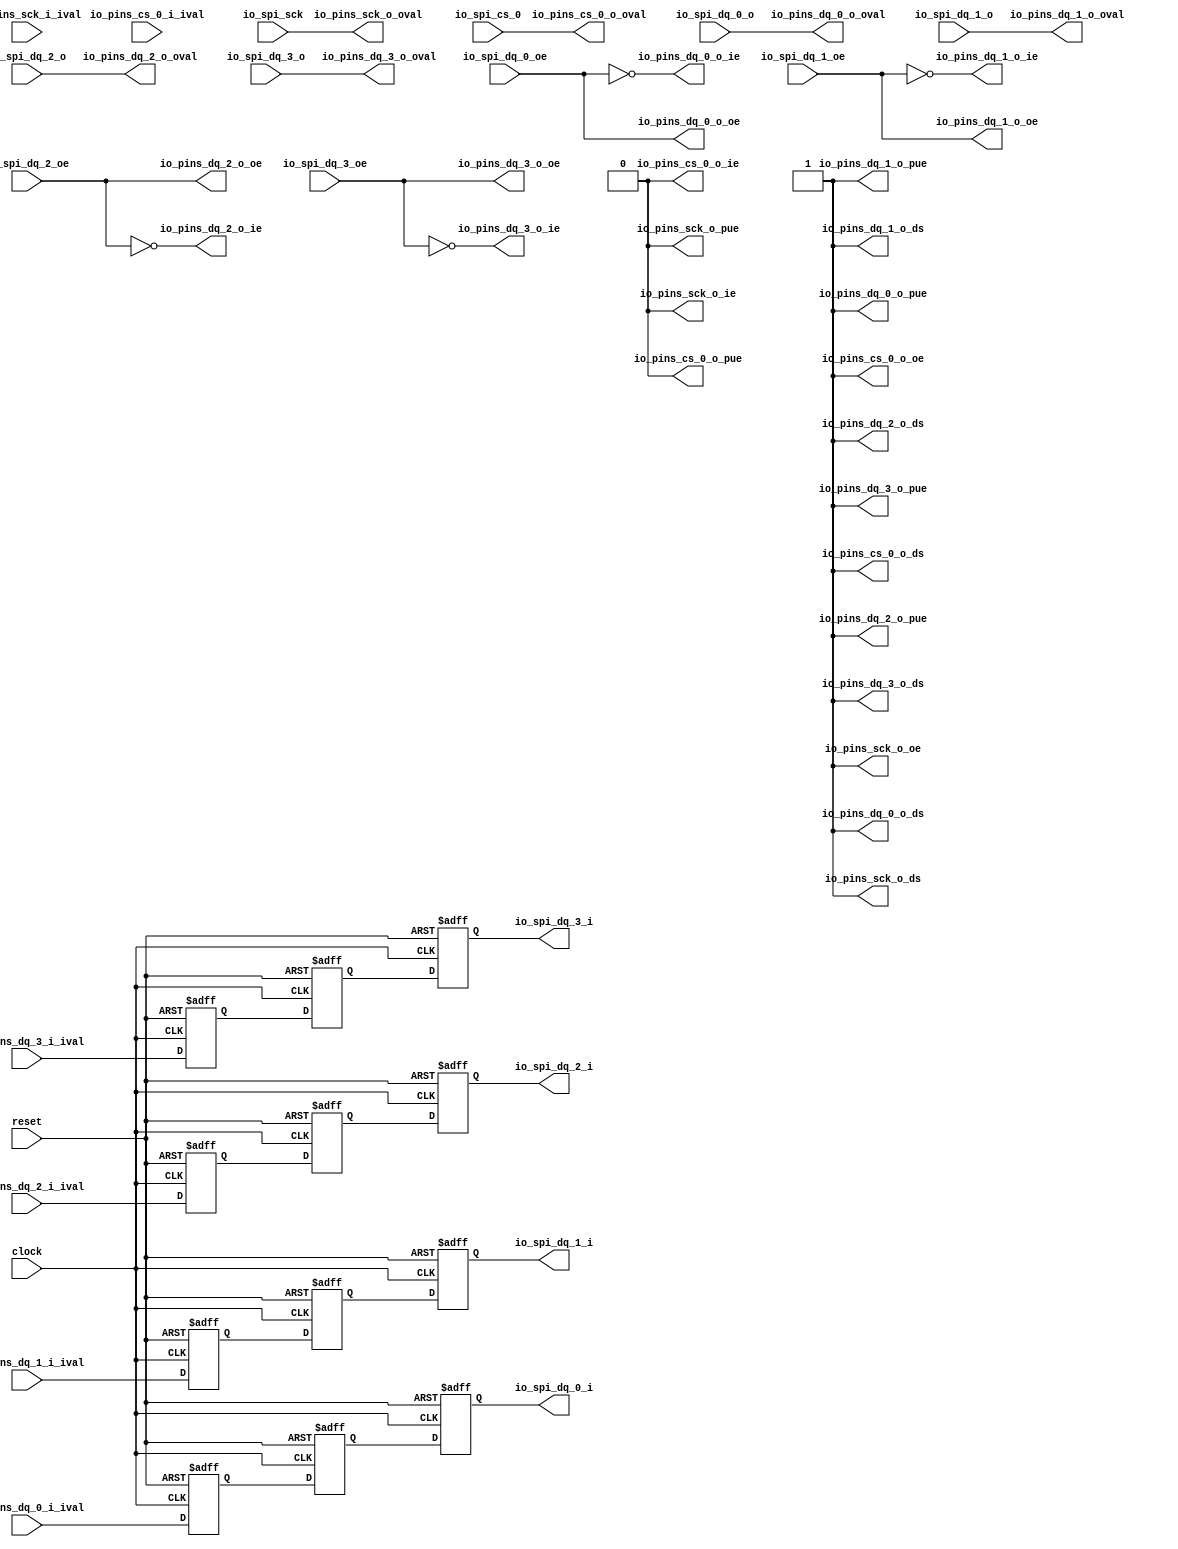
 /*                                                                      
 Copyright 2017 Silicon Integrated Microelectronics, Inc.                
                                                                         
 Licensed under the Apache License, Version 2.0 (the "License");         
 you may not use this file except in compliance with the License.        
 You may obtain a copy of the License at                                 
                                                                         
     http://www.apache.org/licenses/LICENSE-2.0                          
                                                                         
  Unless required by applicable law or agreed to in writing, software    
 distributed under the License is distributed on an "AS IS" BASIS,       
 WITHOUT WARRANTIES OR CONDITIONS OF ANY KIND, either express or implied.
 See the License for the specific language governing permissions and     
 limitations under the License.                                          
 */                                                                      
                                                                         
                                                                         
                                                                         

module sirv_spigpioport_2(
  input   clock,
  input   reset,
  input   io_spi_sck,
  output  io_spi_dq_0_i,
  input   io_spi_dq_0_o,
  input   io_spi_dq_0_oe,
  output  io_spi_dq_1_i,
  input   io_spi_dq_1_o,
  input   io_spi_dq_1_oe,
  output  io_spi_dq_2_i,
  input   io_spi_dq_2_o,
  input   io_spi_dq_2_oe,
  output  io_spi_dq_3_i,
  input   io_spi_dq_3_o,
  input   io_spi_dq_3_oe,
  input   io_spi_cs_0,
  input   io_pins_sck_i_ival,
  output  io_pins_sck_o_oval,
  output  io_pins_sck_o_oe,
  output  io_pins_sck_o_ie,
  output  io_pins_sck_o_pue,
  output  io_pins_sck_o_ds,
  input   io_pins_dq_0_i_ival,
  output  io_pins_dq_0_o_oval,
  output  io_pins_dq_0_o_oe,
  output  io_pins_dq_0_o_ie,
  output  io_pins_dq_0_o_pue,
  output  io_pins_dq_0_o_ds,
  input   io_pins_dq_1_i_ival,
  output  io_pins_dq_1_o_oval,
  output  io_pins_dq_1_o_oe,
  output  io_pins_dq_1_o_ie,
  output  io_pins_dq_1_o_pue,
  output  io_pins_dq_1_o_ds,
  input   io_pins_dq_2_i_ival,
  output  io_pins_dq_2_o_oval,
  output  io_pins_dq_2_o_oe,
  output  io_pins_dq_2_o_ie,
  output  io_pins_dq_2_o_pue,
  output  io_pins_dq_2_o_ds,
  input   io_pins_dq_3_i_ival,
  output  io_pins_dq_3_o_oval,
  output  io_pins_dq_3_o_oe,
  output  io_pins_dq_3_o_ie,
  output  io_pins_dq_3_o_pue,
  output  io_pins_dq_3_o_ds,
  input   io_pins_cs_0_i_ival,
  output  io_pins_cs_0_o_oval,
  output  io_pins_cs_0_o_oe,
  output  io_pins_cs_0_o_ie,
  output  io_pins_cs_0_o_pue,
  output  io_pins_cs_0_o_ds
);
  wire  T_267;
  reg  T_271;
  reg [31:0] GEN_0;
  reg  T_272;
  reg [31:0] GEN_1;
  reg  T_273;
  reg [31:0] GEN_2;
  wire  T_274;
  reg  T_278;
  reg [31:0] GEN_3;
  reg  T_279;
  reg [31:0] GEN_4;
  reg  T_280;
  reg [31:0] GEN_5;
  wire  T_281;
  reg  T_285;
  reg [31:0] GEN_6;
  reg  T_286;
  reg [31:0] GEN_7;
  reg  T_287;
  reg [31:0] GEN_8;
  wire  T_288;
  reg  T_292;
  reg [31:0] GEN_9;
  reg  T_293;
  reg [31:0] GEN_10;
  reg  T_294;
  reg [31:0] GEN_11;
  assign io_spi_dq_0_i = T_273;
  assign io_spi_dq_1_i = T_280;
  assign io_spi_dq_2_i = T_287;
  assign io_spi_dq_3_i = T_294;
  assign io_pins_sck_o_oval = io_spi_sck;
  assign io_pins_sck_o_oe = 1'h1;
  assign io_pins_sck_o_ie = 1'h0;
  assign io_pins_sck_o_pue = 1'h0;
  assign io_pins_sck_o_ds = 1'h1;
  assign io_pins_dq_0_o_oval = io_spi_dq_0_o;
  assign io_pins_dq_0_o_oe = io_spi_dq_0_oe;
  assign io_pins_dq_0_o_ie = T_267;
  assign io_pins_dq_0_o_pue = 1'h1;
  assign io_pins_dq_0_o_ds = 1'h1;
  assign io_pins_dq_1_o_oval = io_spi_dq_1_o;
  assign io_pins_dq_1_o_oe = io_spi_dq_1_oe;
  assign io_pins_dq_1_o_ie = T_274;
  assign io_pins_dq_1_o_pue = 1'h1;
  assign io_pins_dq_1_o_ds = 1'h1;
  assign io_pins_dq_2_o_oval = io_spi_dq_2_o;
  assign io_pins_dq_2_o_oe = io_spi_dq_2_oe;
  assign io_pins_dq_2_o_ie = T_281;
  assign io_pins_dq_2_o_pue = 1'h1;
  assign io_pins_dq_2_o_ds = 1'h1;
  assign io_pins_dq_3_o_oval = io_spi_dq_3_o;
  assign io_pins_dq_3_o_oe = io_spi_dq_3_oe;
  assign io_pins_dq_3_o_ie = T_288;
  assign io_pins_dq_3_o_pue = 1'h1;
  assign io_pins_dq_3_o_ds = 1'h1;
  assign io_pins_cs_0_o_oval = io_spi_cs_0;
  assign io_pins_cs_0_o_oe = 1'h1;
  assign io_pins_cs_0_o_ie = 1'h0;
  assign io_pins_cs_0_o_pue = 1'h0;
  assign io_pins_cs_0_o_ds = 1'h1;
  assign T_267 = ~ io_spi_dq_0_oe;
  assign T_274 = ~ io_spi_dq_1_oe;
  assign T_281 = ~ io_spi_dq_2_oe;
  assign T_288 = ~ io_spi_dq_3_oe;

  always @(posedge clock or posedge reset) begin
  if(reset) begin
    T_271 <= 1'b0;
    T_272 <= 1'b0;
    T_273 <= 1'b0;
    T_278 <= 1'b0;
    T_279 <= 1'b0;
    T_280 <= 1'b0;
    T_285 <= 1'b0;
    T_286 <= 1'b0;
    T_287 <= 1'b0;
    T_292 <= 1'b0;
    T_293 <= 1'b0;
    T_294 <= 1'b0;
  end
  else begin
    T_271 <= io_pins_dq_0_i_ival;
    T_272 <= T_271;
    T_273 <= T_272;
    T_278 <= io_pins_dq_1_i_ival;
    T_279 <= T_278;
    T_280 <= T_279;
    T_285 <= io_pins_dq_2_i_ival;
    T_286 <= T_285;
    T_287 <= T_286;
    T_292 <= io_pins_dq_3_i_ival;
    T_293 <= T_292;
    T_294 <= T_293;
  end
  end
endmodule